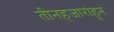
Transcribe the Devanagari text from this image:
तीनहजारांहून